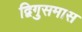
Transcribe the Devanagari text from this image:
द्विगुसमास